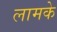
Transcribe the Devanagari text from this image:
लामके